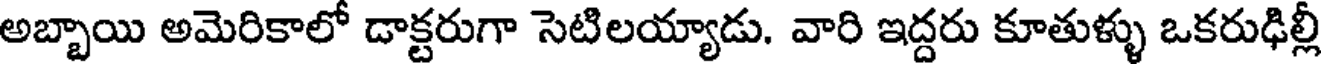
అబ్బాయి అమెరికాలో డాక్టరుగా సెటిలయ్యాడు. వారి ఇద్దరు కూతుళ్ళు ఒకరుఢిల్లీ